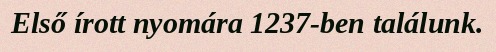
Első írott nyomára 1237-ben találunk.